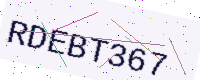
Text: RDEBT367